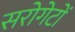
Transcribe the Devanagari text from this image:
सरोगेटों